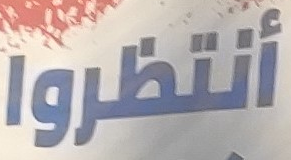
أنتظروا